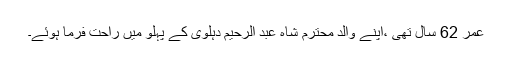
عمر 62 سال تھی ،اپنے والد محترم شاہ عبد الرحیم دہلوی کے پہلو میں راحت فرما ہوئے۔